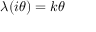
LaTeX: \lambda ( i \theta ) = k \theta